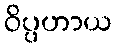
ဝိပ္ပဟာယ